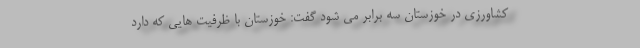
کشاورزی در خوزستان سه برابر می شود گفت: خوزستان با ظرفیت هایی که دارد